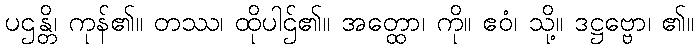
ပဌန္တိ၊ ကုန်၏။ တဿ၊ ထိုပါဌ်၏။ အတ္ထော၊ ကို။ ဧဝံ၊ သို့။ ဒဋ္ဌဗ္ဗော၊ ၏။